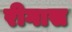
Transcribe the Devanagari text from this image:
रीगास